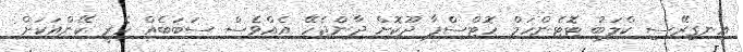
އިނގިރޭސި ކްލަބު ޓޮޓެންހަމް ހޮޓްސްޕާ ދޫކޮށް ދާންޖެހޭ އެއްވެސް ސަބަބެއް ހެރީ ކޭންއަކަށް